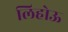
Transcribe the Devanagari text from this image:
लिहोऊ